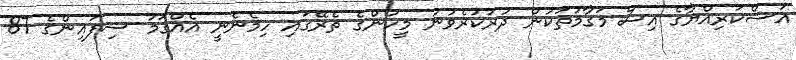
އަސްކަރިއްޔާގެ އިސް މަގާމުތަކުން ދުރުކުރެވުނު މީހުންގެ ތެރޭގައި ހިމެނެނީ އެއްގަމު ސިފައިންގެ 87